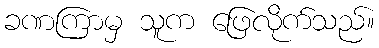
ခဏကြာမှ သူက ဖြေလိုက်သည်။